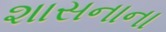
શાસનાના